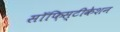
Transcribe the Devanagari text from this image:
सॉफ़िस्टीकेशन